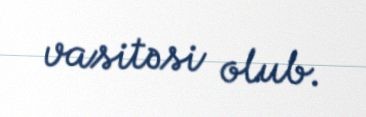
vasitəsi olub.